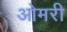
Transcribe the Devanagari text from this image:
ओमरी